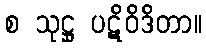
စ သုဋ္ဌု ပဋိဝိဒိတာ။